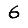
Digit: 6